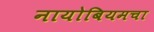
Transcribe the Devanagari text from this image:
नायोबियमचा